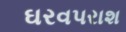
ઘરવપરાશ